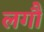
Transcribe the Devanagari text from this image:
लगौं